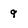
Character: 9